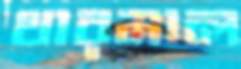
থারমাল